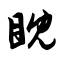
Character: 眈